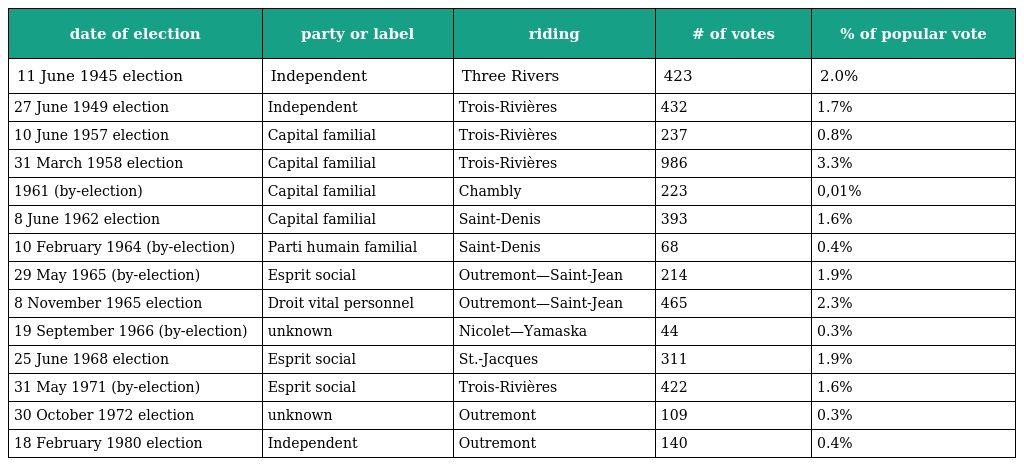
| date of election | party or label | riding | # of votes | % of popular vote |
 | --- | --- | --- | --- | --- |
 | 11 June 1945 election | Independent | Three Rivers | 423 | 2.0% |
 | 27 June 1949 election | Independent | Trois-Rivières | 432 | 1.7% |
 | 10 June 1957 election | Capital familial | Trois-Rivières | 237 | 0.8% |
 | 31 March 1958 election | Capital familial | Trois-Rivières | 986 | 3.3% |
 | 1961 (by-election) | Capital familial | Chambly | 223 | 0,01% |
 | 8 June 1962 election | Capital familial | Saint-Denis | 393 | 1.6% |
 | 10 February 1964 (by-election) | Parti humain familial | Saint-Denis | 68 | 0.4% |
 | 29 May 1965 (by-election) | Esprit social | Outremont—Saint-Jean | 214 | 1.9% |
 | 8 November 1965 election | Droit vital personnel | Outremont—Saint-Jean | 465 | 2.3% |
 | 19 September 1966 (by-election) | unknown | Nicolet—Yamaska | 44 | 0.3% |
 | 25 June 1968 election | Esprit social | St.-Jacques | 311 | 1.9% |
 | 31 May 1971 (by-election) | Esprit social | Trois-Rivières | 422 | 1.6% |
 | 30 October 1972 election | unknown | Outremont | 109 | 0.3% |
 | 18 February 1980 election | Independent | Outremont | 140 | 0.4% |